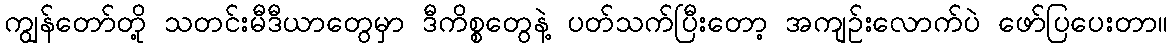
ကျွန်တော်တို့ သတင်းမီဒီယာတွေမှာ ဒီကိစ္စတွေနဲ့ ပတ်သက်ပြီးတော့ အကျဉ်းလောက်ပဲ ဖော်ပြပေးတာ။